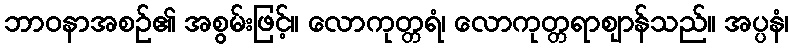
ဘာဝနာအစဉ်၏ အစွမ်းဖြင့်။ လောကုတ္တရံ၊ လောကုတ္တရာဈာန်သည်။ အပ္ပနံ၊